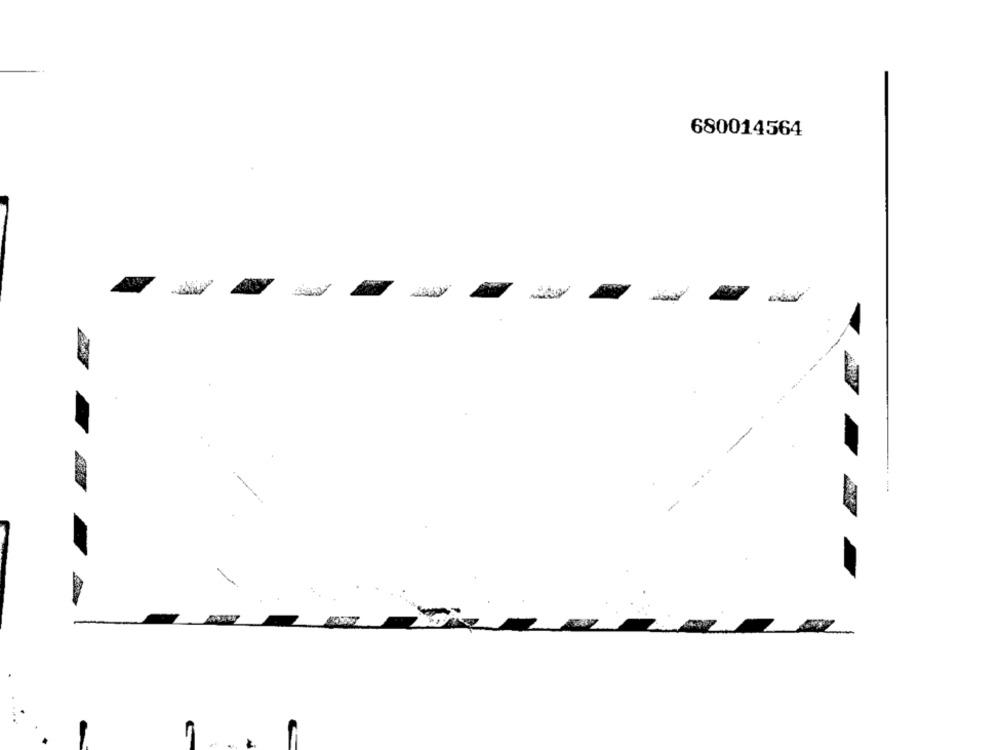
680014564
---